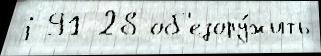
j 91 28 об'езору́жить